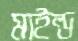
মাইল্ড